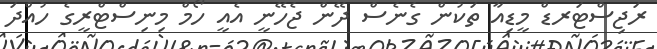
ރަޖިސްޓަރޑް މީޑިއާ ތަކުން ގެނެސް ދޭން ޖެހޭނީ އެއީ ހޯމް މިނިސްޓްރީގެ ހުއްދަ